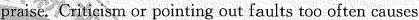
praise. Criticism or pointing out faults too often causes